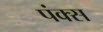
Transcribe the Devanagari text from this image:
पंक्स